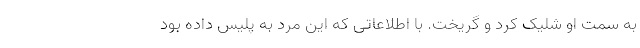
به سمت او شلیک کرد و گریخت. با اطلاعاتی که این مرد به پلیس داده بود